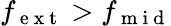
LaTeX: f_{\mathrm{~e~x~t~}}>f_{\mathrm{~m~i~d~}}